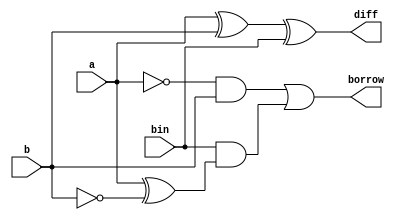
module fullsub(a,b,bin,diff,borrow);
input a,b,bin;
output diff,borrow;
assign diff=(a^b)^bin;
assign borrow=(~a&b)|(bin & (a^(~b)));
endmodule

module fullsub_tb();
reg a,b,bin;
wire diff,borrow;
fullsub dut(a,b,bin,diff,borrow);
initial begin
a=1'b0;
b=1'b0;
bin=1'b0;
#10;
a=1'b0;
b=1'b0;
bin=1'b1;
#10;
a=1'b0;
b=1'b1;
bin=1'b0;
#10;
a=1'b0;
b=1'b1;
bin=1'b1;
#10;
a=1'b1;
b=1'b0;
bin=1'b0;
#10;
a=1'b1;
b=1'b0;
bin=1'b1;
#10;
a=1'b1;
b=1'b1;
bin=1'b0;
#10;
a=1'b1;
b=1'b1;
bin=1'b1;
#10;
end
//initial $monitor("a=%0b b=%0b diff=%0b borrow=%0b",a,b,diff,borrow);
endmodule